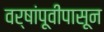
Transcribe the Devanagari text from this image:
वर्षांपूवीपासून